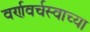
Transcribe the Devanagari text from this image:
वर्णवर्चस्वाच्या